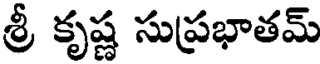
శ్రీ కృష్ణ సుప్రభాతమ్